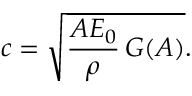
c = \sqrt { \frac { A E _ { 0 } } { \rho } \, G ( A ) } .